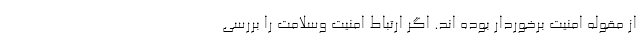
از مقوله امنیت برخوردار بوده اند. اگر ارتباط امنیت وسلامت را بررسی